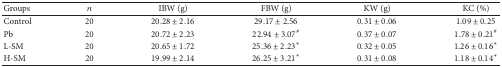
| Groups | n | IBW (g) | FBW (g) | KW (g) | KC (%) |
 | --- | --- | --- | --- | --- | --- |
 | Control | 20 | 20.28 ± 2.16 | 29.17 ± 2.56 | 0.31 ± 0.06 | 1.09 ± 0.25 |
 | Pb | 20 | 20.72 ± 2.23 | 22.94 ± 3.07# | 0.37 ± 0.07 | 1.78 ± 0.21# |
 | L-SM | 20 | 20.65 ± 1.72 | 25.36 ± 2.23* | 0.32 ± 0.05 | 1.26 ± 0.16* |
 | H-SM | 20 | 19.99 ± 2.14 | 26.25 ± 3.21* | 0.31 ± 0.08 | 1.18 ± 0.14* |